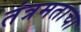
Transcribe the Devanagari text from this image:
तंत्रमताचा